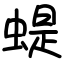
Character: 蝭